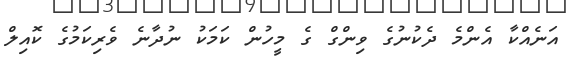
އަނެއްކާ އެންމެ ދެކުނުގެ ވިންގް ގެ މީހުން ކަމަކު ނުދާނެ ވެރިކަމުގެ ކޮއިލް